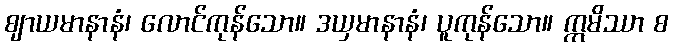
ဈာယမာနာနံ၊ လောင်ကုန်သော။ ဒယှမာနာနံ၊ ပူကုန်သော။ ဣမိဿာ စ